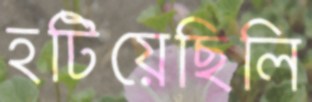
হটিয়েছিলি